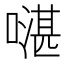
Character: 𠾻